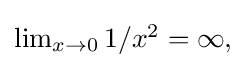
{\textstyle \lim _{x\to 0}1/x^{2}=\infty ,}